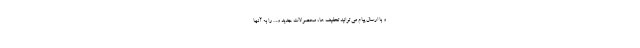
و با ارسال پیام می توانید تخفیف ها، محصولات جدید و.. . را به آنها